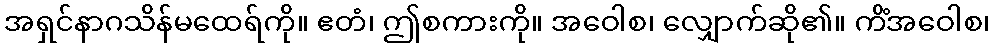
အရှင်နာဂသိန်မထေရ်ကို။ ဧတံ၊ ဤစကားကို။ အဝေါစ၊ လျှောက်ဆို၏။ ကိံအဝေါစ၊